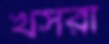
খসরা